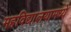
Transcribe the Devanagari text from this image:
महविद्यालयामध्ये